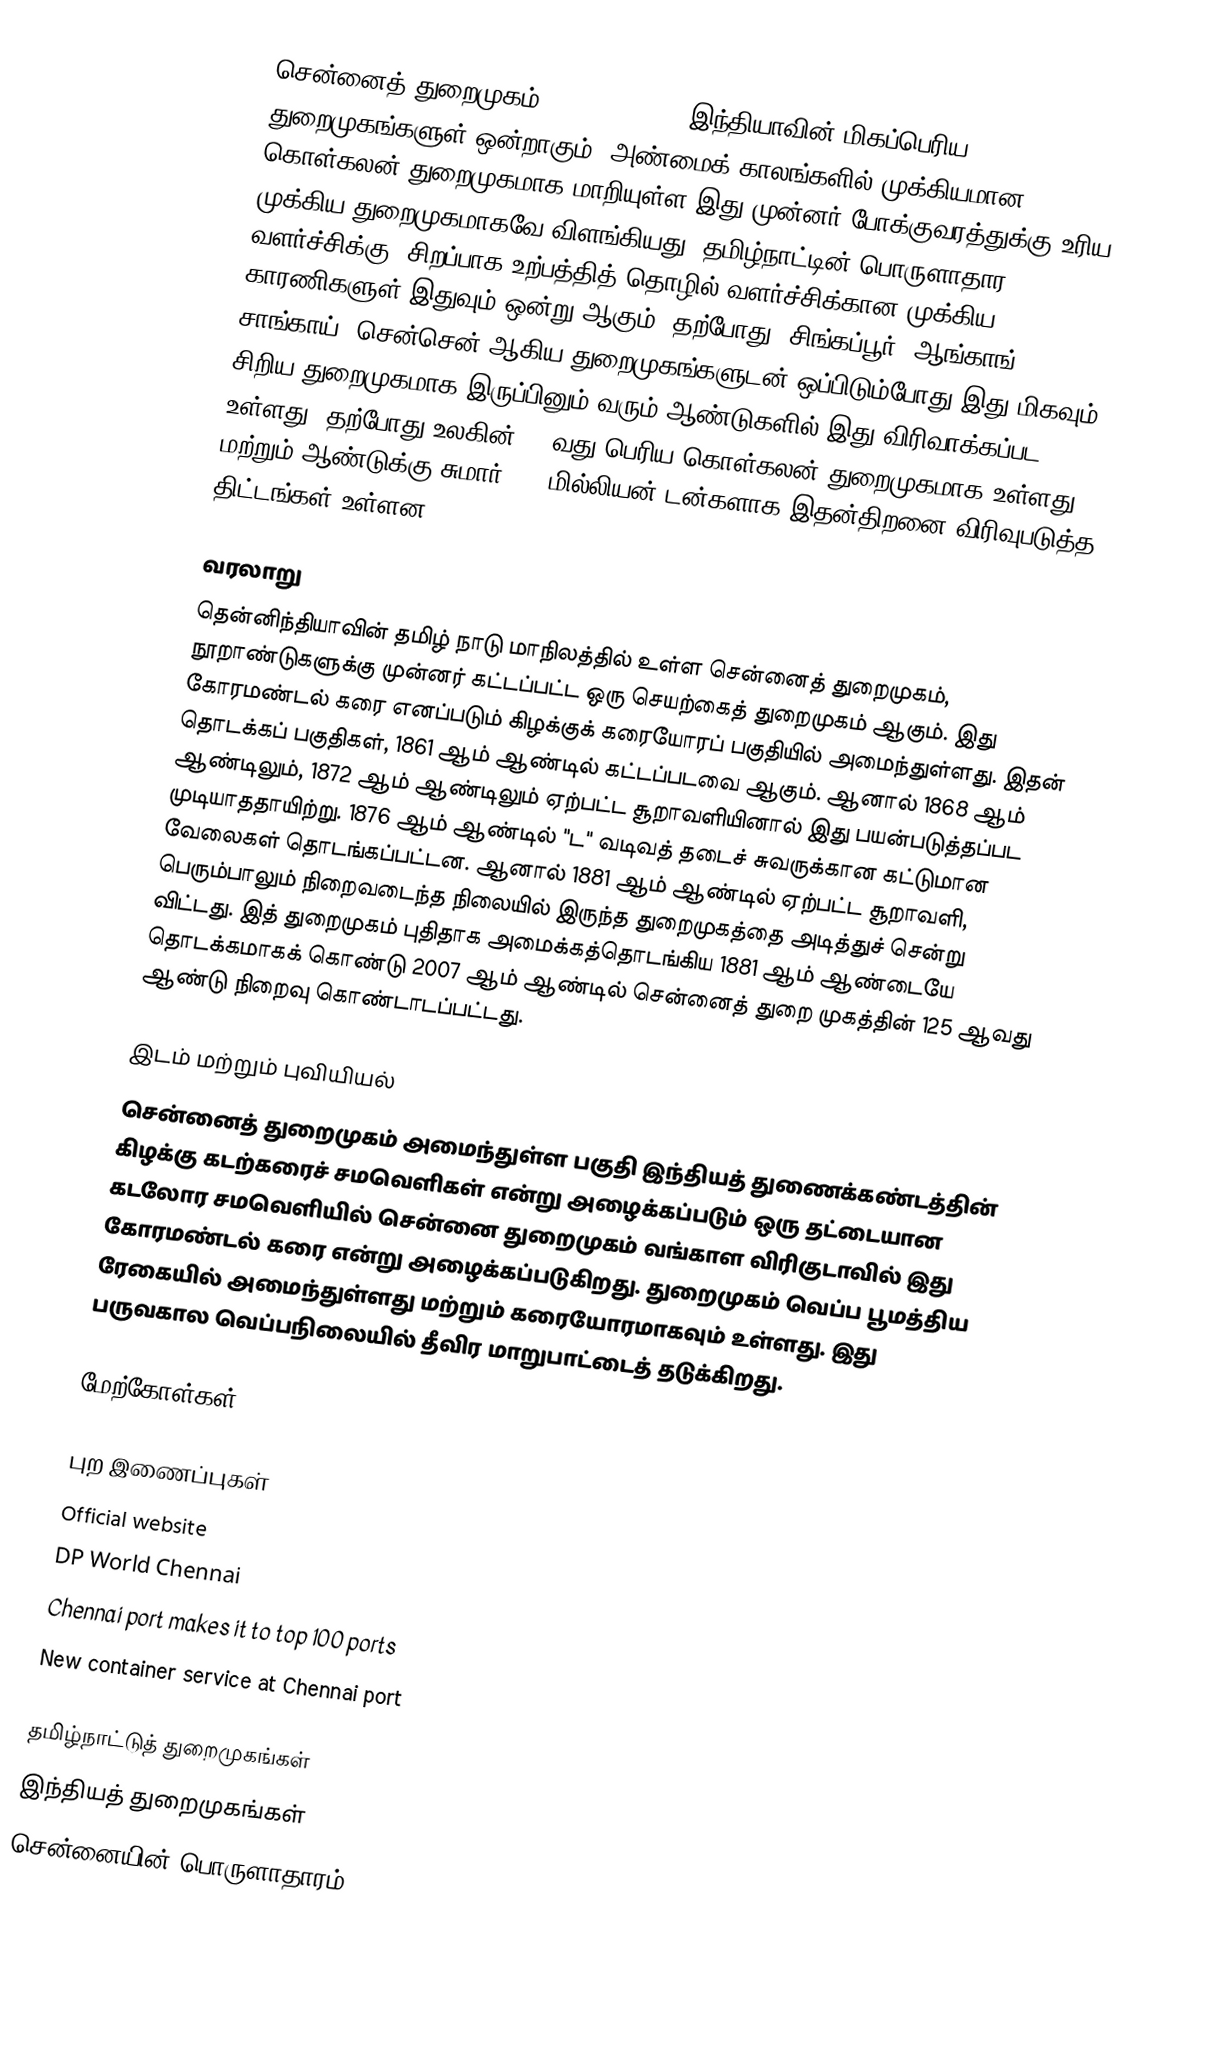
சென்னைத் துறைமுகம் (Chennai Port) இந்தியாவின் மிகப்பெரிய துறைமுகங்களுள் ஒன்றாகும். அண்மைக் காலங்களில் முக்கியமான கொள்கலன் துறைமுகமாக மாறியுள்ள இது முன்னர் போக்குவரத்துக்கு உரிய முக்கிய துறைமுகமாகவே விளங்கியது. தமிழ்நாட்டின் பொருளாதார வளர்ச்சிக்கு, சிறப்பாக உற்பத்தித் தொழில் வளர்ச்சிக்கான முக்கிய காரணிகளுள் இதுவும் ஒன்று ஆகும். தற்போது, சிங்கப்பூர், ஆங்காங், சாங்காய், சென்சென் ஆகிய துறைமுகங்களுடன் ஒப்பிடும்போது இது மிகவும் சிறிய துறைமுகமாக இருப்பினும் வரும் ஆண்டுகளில் இது விரிவாக்கப்பட உள்ளது. தற்போது உலகின் 86 வது பெரிய கொள்கலன் துறைமுகமாக உள்ளது மற்றும் ஆண்டுக்கு சுமார் 140 மில்லியன் டன்களாக இதன்திறனை விரிவுபடுத்த திட்டங்கள் உள்ளன.

வரலாறு
தென்னிந்தியாவின் தமிழ் நாடு மாநிலத்தில் உள்ள சென்னைத் துறைமுகம், நூறாண்டுகளுக்கு முன்னர் கட்டப்பட்ட ஒரு செயற்கைத் துறைமுகம் ஆகும். இது கோரமண்டல் கரை எனப்படும் கிழக்குக் கரையோரப் பகுதியில் அமைந்துள்ளது. இதன் தொடக்கப் பகுதிகள்,  1861 ஆம் ஆண்டில் கட்டப்படவை ஆகும். ஆனால் 1868 ஆம் ஆண்டிலும், 1872 ஆம் ஆண்டிலும் ஏற்பட்ட சூறாவளியினால் இது பயன்படுத்தப்பட முடியாததாயிற்று. 1876 ஆம் ஆண்டில் "ட" வடிவத் தடைச் சுவருக்கான கட்டுமான வேலைகள் தொடங்கப்பட்டன. ஆனால் 1881 ஆம் ஆண்டில் ஏற்பட்ட சூறாவளி, பெரும்பாலும் நிறைவடைந்த நிலையில் இருந்த துறைமுகத்தை அடித்துச் சென்று விட்டது. இத் துறைமுகம் புதிதாக அமைக்கத்தொடங்கிய 1881 ஆம் ஆண்டையே தொடக்கமாகக் கொண்டு 2007 ஆம் ஆண்டில் சென்னைத் துறை முகத்தின் 125 ஆவது ஆண்டு நிறைவு கொண்டாடப்பட்டது.

இடம் மற்றும் புவியியல்
 சென்னைத் துறைமுகம் அமைந்துள்ள பகுதி இந்தியத் துணைக்கண்டத்தின் கிழக்கு கடற்கரைச் சமவெளிகள் என்று அழைக்கப்படும் ஒரு தட்டையான கடலோர சமவெளியில் சென்னை துறைமுகம் வங்காள விரிகுடாவில் இது கோரமண்டல் கரை என்று அழைக்கப்படுகிறது. துறைமுகம் வெப்ப பூமத்திய ரேகையில் அமைந்துள்ளது மற்றும் கரையோரமாகவும் உள்ளது.  இது பருவகால வெப்பநிலையில் தீவிர மாறுபாட்டைத் தடுக்கிறது.

மேற்கோள்கள்

புற இணைப்புகள்
Official website
DP World Chennai
Chennai port makes it to top 100 ports
New container service at Chennai port

தமிழ்நாட்டுத் துறைமுகங்கள்
இந்தியத் துறைமுகங்கள்
சென்னையின் பொருளாதாரம்